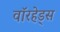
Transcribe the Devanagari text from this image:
वाॅरहेड्स